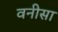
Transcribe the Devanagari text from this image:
वनीसा